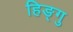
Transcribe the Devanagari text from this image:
हिङ्गु